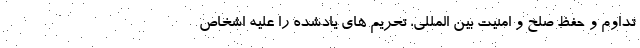
تداوم و حفظ صلح و امنیت بین المللی، تحریم های یادشده را علیه اشخاص